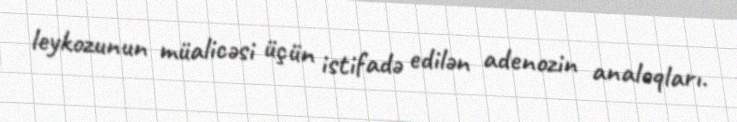
leykozunun müalicəsi üçün istifadə edilən adenozin analoqları.